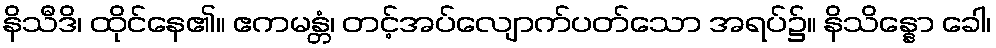
နိသီဒိ၊ ထိုင်နေ၏။ ဧကမန္တံ၊ တင့်အပ်လျောက်ပတ်သော အရပ်၌။ နိသိန္နော ခေါ၊